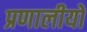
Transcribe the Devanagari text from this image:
प्रणालीयो